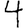
Digit: 4